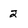
Character: 2